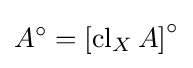
A^{\circ }=\left[\operatorname {cl} _{X}A\right]^{\circ }